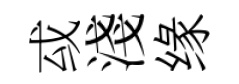
㦯淺缘